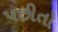
પછીતો